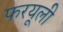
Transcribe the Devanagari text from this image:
फरयूली